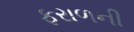
ફરાળની